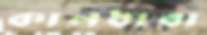
কালধারা